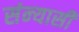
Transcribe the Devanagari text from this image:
संन्‍यासी